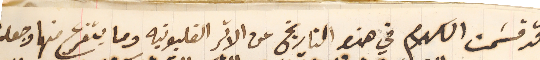
قد قسَمت الكلام في هذا التاريخ عن الاثر الغلبونيه وما يتفرع منها وجعل